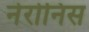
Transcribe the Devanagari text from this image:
नेरोनिस